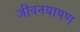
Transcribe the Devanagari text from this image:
जीवनयापण